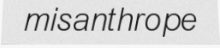
misanthrope